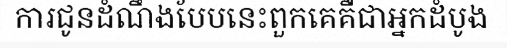
ការជូនដំណឹងបែបនេះពួកគេគឺជាអ្នកដំបូង